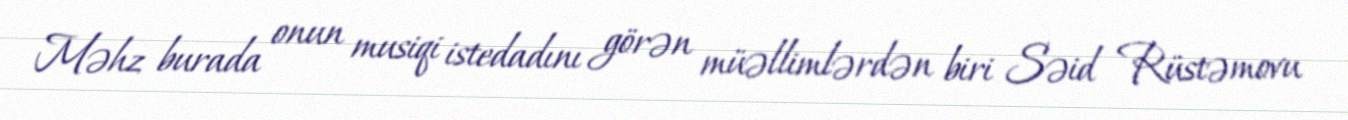
Məhz burada onun musiqi istedadını görən müəllimlərdən biri Səid Rüstəmovu